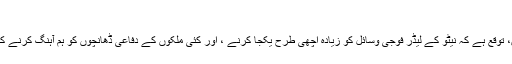
‘‘
شکاگو کے سربراہ اجلاس میں، توقع ہے کہ نیٹو کے لیڈر فوجی وسائل کو زیادہ اچھی طرح یکجا کرنے ، اور کئی ملکوں کے دفاعی ڈھانچوں کو ہم آہنگ کرنے کے طریقوں پر غور کریں گے۔